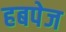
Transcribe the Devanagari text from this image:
हबपेज